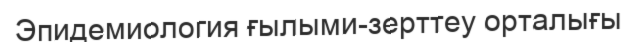
Эпидемиология ғылыми-зерттеу орталығы